Report on the metropolitan horse fairs and district horse shows of 1892-93 - 1892-1893
Year: 1892
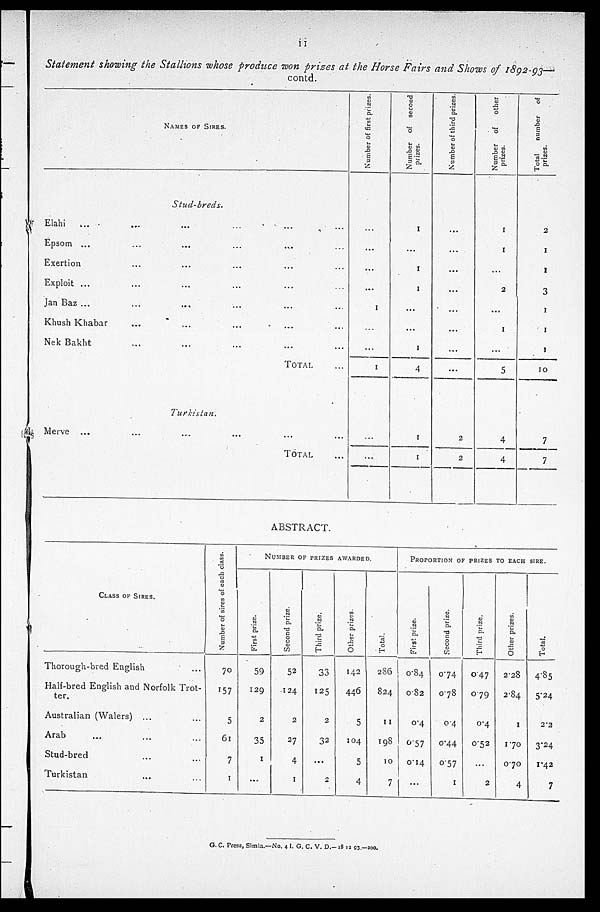
11
Statement showing the Stallions whose produce won prizes at the Horse Fairs and Shows of 1892-93—
contd.
Elahi
... ...
Epsom ... ...
Exertion ...
Exploit ...
Jan Baz ... ...
Khush Khabar ...
Nek Bakht ...
Merve ... ...
NAMES OF SIRES.
Stud-breds.
... ...
... ...
... ...
... ...
... ...
... ...
... ...
Turkistan.
...
... ...
... ...
...
...
... ...
... ...
... ...
... ...
TOTAL ...
...
TOTAL ...
Number Of first prizes
...
...
...
...
1
...
...
1
Number of second
prizes.
1
...
1
1
...
...
1
4
1
1
Number of third prizes
...
...
...
...
...
...
...
...
2
2
Number
of
other
prizes.
1
1
...
2
...
1
...
5
4
4
Total
number
of
prizes.
2
1
1
3
1
1
1
10
7
7
ABSTRACT.
CLASS OK SIRES.
Thorough-bred English ...
Half-bred English and Norfolk Trot-
ter.
Australian (Walers) ... ...
Arab ... ... ...
Stud-bred ... ...
Turkislan ... ...
Number of sires of each class.
70
157
5
61
7
1
NUMBER OF PRIZES AWARDED.
First prize.
59
129
2
35
1
...
Second prize.
52
124
2
27
4
1
Third prize.
33
125
2
32
...
2
Other prizes.
142
446
5
104
5
4
Total
286
824
11
198
10
7
PROPORTION OF PRIZES TO EACH SIRE.
Fitst prize.
0.84
0.82
0.4
0.57
0.14
...
Second prize.
0.74
0.78
0.4
0.44
0.57
1
Third prize.
0.47
0.79
0.4
0.52
2
Other prizes.
2.28
2.84
1
1.70
070
4
Total.
4.85
5.24
2.2
3.24
1.42
7
G. C. Tress, Simla.—No. 4 I. G. C. V. D.- 18 12 93.—200.